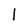
Character: 1